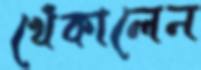
খেঁকালেন